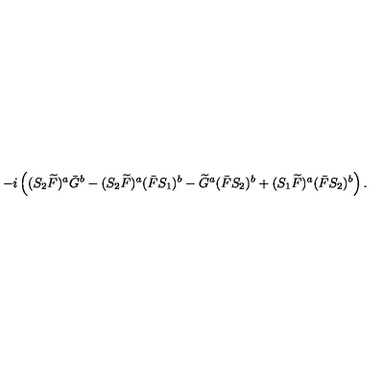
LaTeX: - i \left( ( S _ { 2 } \widetilde { F } ) ^ { a } \bar { G } ^ { b } - ( S _ { 2 } \widetilde { F } ) ^ { a } ( \bar { F } S _ { 1 } ) ^ { b } - \widetilde { G } ^ { a } ( \bar { F } S _ { 2 } ) ^ { b } + ( S _ { 1 } \widetilde { F } ) ^ { a } ( \bar { F } S _ { 2 } ) ^ { b } \right) .